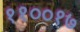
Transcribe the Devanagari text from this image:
११००१७